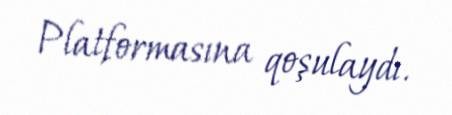
Platformasına qoşulaydı.